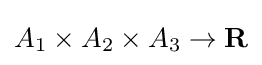
A_{1}\times A_{2}\times A_{3}\to \mathbf {R}